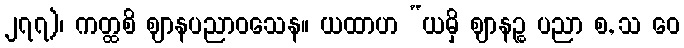
၂၇၇)၊ ကတ္ထစိ ဈာနပညာဝသေန။ ယထာဟ “ယမှိ ဈာနဉ္စ ပညာ စ, သ ဝေ